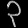
Digit: ၃